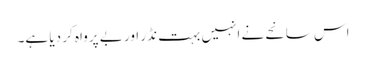
اس سانحے نے انہیں بہت نڈر اور بے پرواہ کر دیا ہے۔